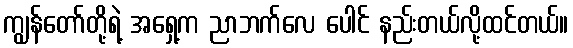
ကျွန်တော်တို့ရဲ့ အရှေ့က ညာဘက်လေ ပေါင် နည်းတယ်လို့ထင်တယ်။